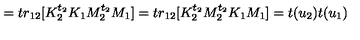
= t r _ { 1 2 } [ K _ { 2 } ^ { t _ { 2 } } K _ { 1 } M _ { 2 } ^ { t _ { 2 } } M _ { 1 } ] = t r _ { 1 2 } [ K _ { 2 } ^ { t _ { 2 } } M _ { 2 } ^ { t _ { 2 } } K _ { 1 } M _ { 1 } ] = t ( u _ { 2 } ) t ( u _ { 1 } )